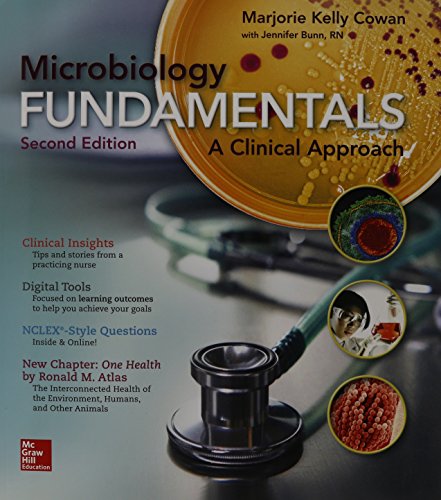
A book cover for Microbiology Fundamentals: A Clinical Approach; Marjorie Kelly Cowan; Medical Books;